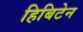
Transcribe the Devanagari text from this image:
हिबिटेन